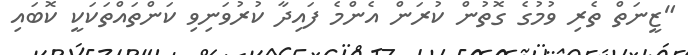
"ޒީނަތް ތެރި ވުމުގެ ގޮތުން ކުރަން އެންމެ ފައިދާ ކުރުވަނިވި ކަންތައްތަކަކީ ކޮބައި